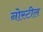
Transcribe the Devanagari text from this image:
नोस्टील